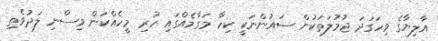
އާލިޔާގެ ވިހަގަދަ ޖުމުލަތަކުން ސައުންނަކީ ކިހާ މަގާމެއްގައި ހުރި މީހެއްކަން ވިސްނި ލަދުވެތި